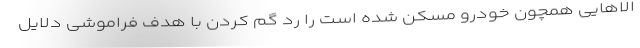
الاهایی همچون خودرو مسکن شده است را رد گم کردن با هدف فراموشی دلایل